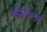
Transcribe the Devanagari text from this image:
कोरलिस